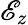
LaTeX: \mathscr{E}_{z}